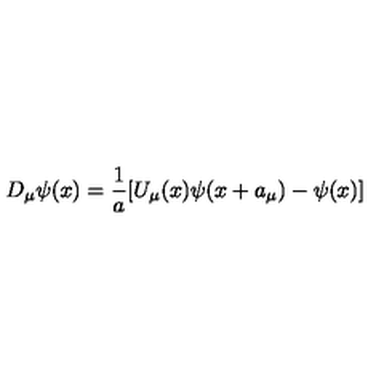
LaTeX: D _ { \mu } \psi ( x ) = \frac { 1 } { a } [ U _ { \mu } ( x ) \psi ( x + a _ { \mu } ) - \psi ( x ) ]